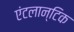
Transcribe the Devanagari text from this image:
एंटलान्टिक